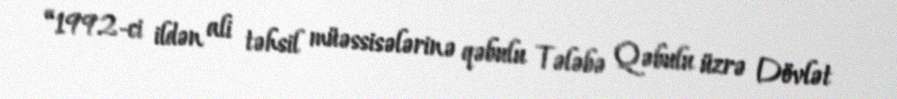
“1992-ci ildən ali təhsil müəssisələrinə qəbulu Tələbə Qəbulu üzrə Dövlət